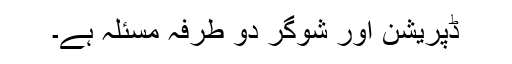
ڈپریشن اور شوگر دو طرفہ مسئلہ ہے۔